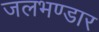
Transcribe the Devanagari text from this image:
जलभण्डार